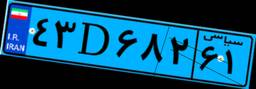
۴۳D۶۸۲۶۱